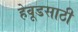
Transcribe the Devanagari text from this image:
हेवूडसाठी